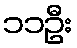
၁၁ဦး